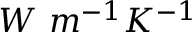
W \ m ^ { - 1 } K ^ { - 1 }